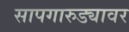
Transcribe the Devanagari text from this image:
सापगारुड्यावर